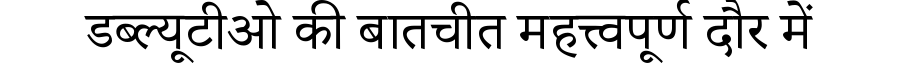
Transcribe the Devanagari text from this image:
डब्ल्यूटीओ की बातचीत महत्त्वपूर्ण दौर में